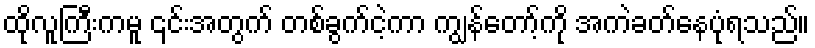
ထိုလူကြီးကမူ ၎င်းအတွက် တစ်ခွက်ငဲ့ကာ ကျွန်တော့်ကို အကဲခတ်နေပုံရသည်။